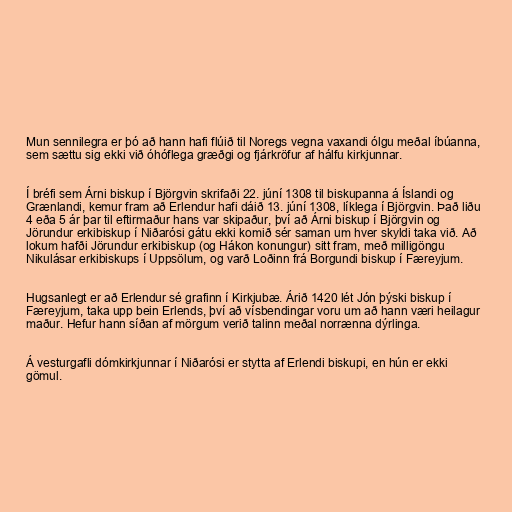
Mun sennilegra er þó að hann hafi flúið til Noregs vegna vaxandi ólgu meðal íbúanna,
sem sættu sig ekki við óhóflega græðgi og fjárkröfur af hálfu kirkjunnar.

Í bréfi sem Árni biskup í Björgvin skrifaði 22. júní 1308 til biskupanna á Íslandi og
Grænlandi, kemur fram að Erlendur hafi dáið 13. júní 1308, líklega í Björgvin. Það liðu
4 eða 5 ár þar til eftirmaður hans var skipaður, því að Árni biskup í Björgvin og
Jörundur erkibiskup í Niðarósi gátu ekki komið sér saman um hver skyldi taka við. Að
lokum hafði Jörundur erkibiskup (og Hákon konungur) sitt fram, með milligöngu
Nikulásar erkibiskups í Uppsölum, og varð Loðinn frá Borgundi biskup í Færeyjum.

Hugsanlegt er að Erlendur sé grafinn í Kirkjubæ. Árið 1420 lét Jón þýski biskup í
Færeyjum, taka upp bein Erlends, því að vísbendingar voru um að hann væri heilagur
maður. Hefur hann síðan af mörgum verið talinn meðal norrænna dýrlinga.

Á vesturgafli dómkirkjunnar í Niðarósi er stytta af Erlendi biskupi, en hún er ekki
gömul.